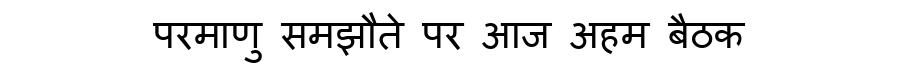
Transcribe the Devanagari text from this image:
परमाणु समझौते पर आज अहम बैठक